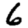
Digit: 6